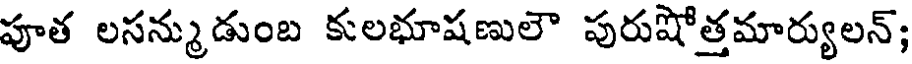
పూత లసన్ముడుంబ కులభూషణులౌ పురుషోత్తమార్యులన్;